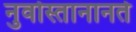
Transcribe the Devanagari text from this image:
नुवोस्तानानते